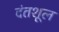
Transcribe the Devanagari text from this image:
दंतशूल